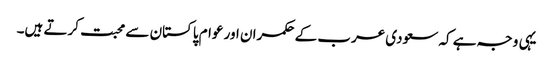
یہی وجہ ہے کہ سعودی عرب کے حکمران اور عوام پاکستان سے محبت کرتے ہیں۔